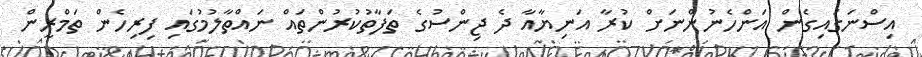
އިސްނަގައިގެން އަންހެނުންނަށް ކުރާ އަނިޔާއާ ދެ ޖިންސުގެ ތަފާތުކުރުންތައް ނައްތާލުމުގައި ފިރިހެން ތަމްރީން